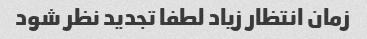
زمان انتظار زیاد لطفا تجدید نظر شود